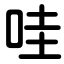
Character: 哇